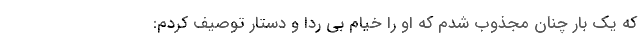
که یک بار چنان مجذوب شدم که او را خیام بی ردا و دستار توصیف کردم: